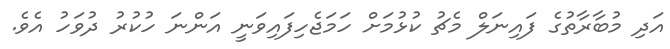
އަދި މުބާރާތުގެ ފައިނަލް މެޗު ކުޅުމަށް ހަމަޖެހިފައިވަނީ އަންނަ ހުކުރު ދުވަހު އެވެ.